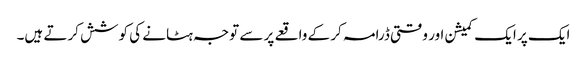
ایک پر ایک کمیشن اور وقتی ڈرامہ کر کے واقعے پر سے توجہ ہٹانے کی کوشش کرتے ہیں۔